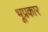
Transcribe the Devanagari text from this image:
भूप्रकार